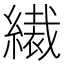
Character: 𦅞